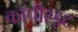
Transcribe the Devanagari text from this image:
कॉपीरइट